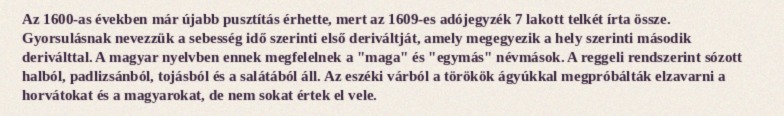
Az 1600-as években már újabb pusztítás érhette, mert az 1609-es adójegyzék 7 lakott telkét írta össze. Gyorsulásnak nevezzük a sebesség idő szerinti első deriváltját, amely megegyezik a hely szerinti második deriválttal. A magyar nyelvben ennek megfelelnek a "maga" és "egymás" névmások. A reggeli rendszerint sózott halból, padlizsánból, tojásból és a salátából áll. Az eszéki várból a törökök ágyúkkal megpróbálták elzavarni a horvátokat és a magyarokat, de nem sokat értek el vele.